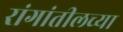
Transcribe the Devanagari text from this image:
रांगांतीलच्या